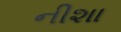
નીશા